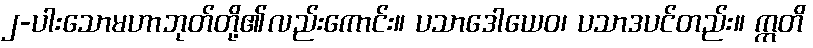
၂-ပါးသောမဟာဘုတ်တို့၏လည်းကောင်း။ ပသာဒေါယေဝ၊ ပသာဒပင်တည်း။ ဣတိ